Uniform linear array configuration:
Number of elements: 32
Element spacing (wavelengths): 1
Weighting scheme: blackman
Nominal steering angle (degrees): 15
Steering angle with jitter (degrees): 13.151
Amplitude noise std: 0.05
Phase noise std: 0.05

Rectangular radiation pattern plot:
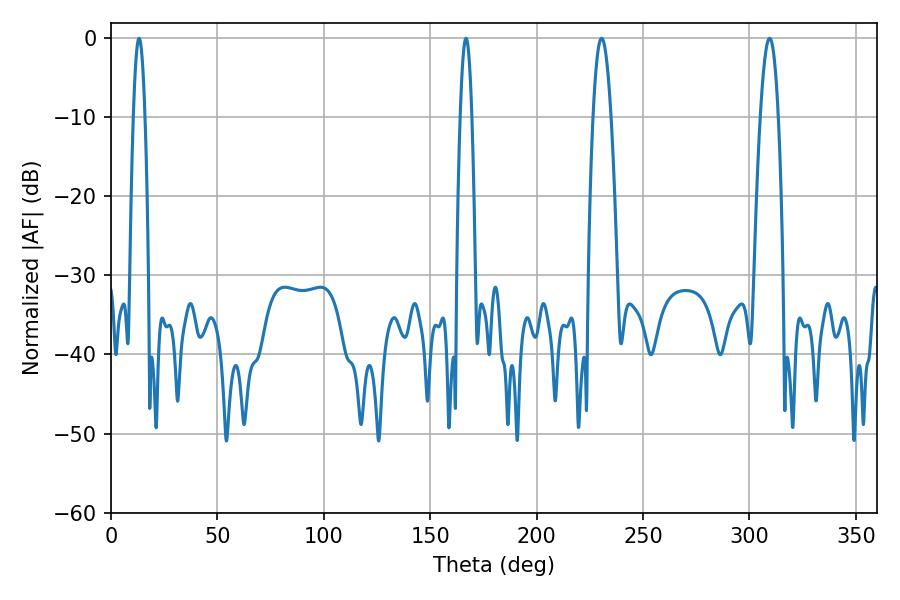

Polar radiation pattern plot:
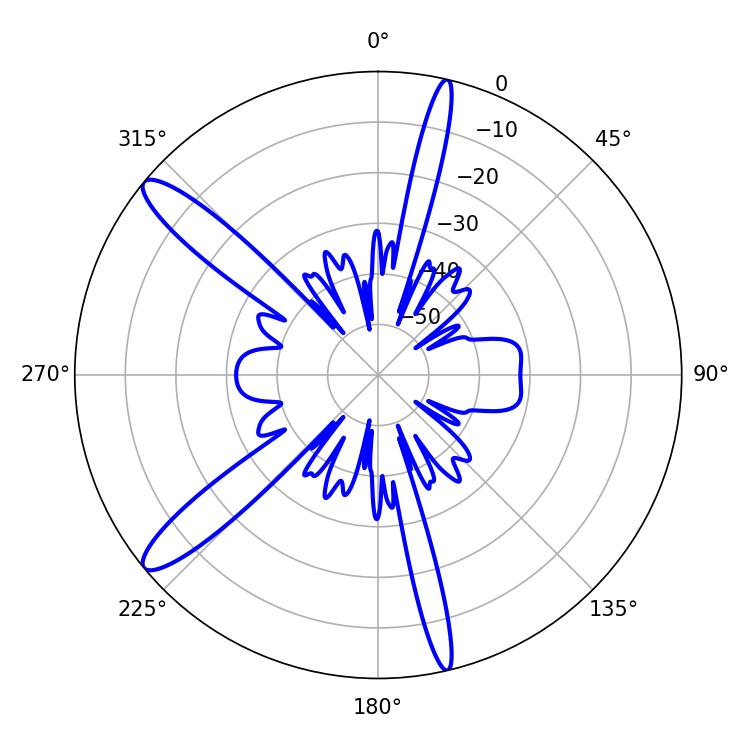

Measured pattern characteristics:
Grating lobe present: TRUE
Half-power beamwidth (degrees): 4.68
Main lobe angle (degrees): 309.42